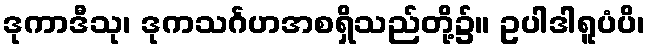
ဒုကာဒီသု၊ ဒုကသင်္ဂဟအစရှိသည်တို့၌။ ဥပါဒါရူပံပိ၊